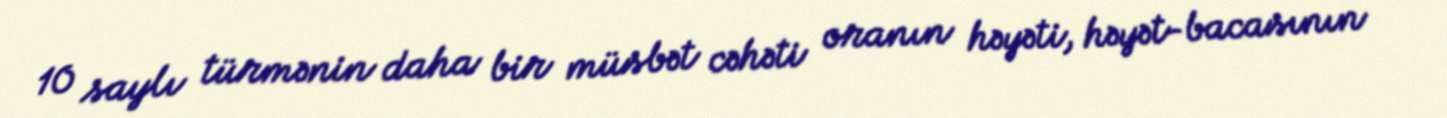
10 saylı türmənin daha bir müsbət cəhəti oranın həyəti, həyət-bacasının